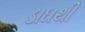
ડાઘથી